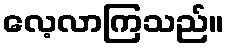
လေ့လာကြသည်။